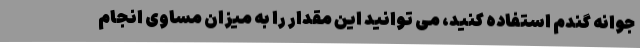
جوانه گندم استفاده کنید، می توانید این مقدار را به میزان مساوی انجام